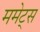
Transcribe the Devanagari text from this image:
ममेट्स